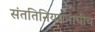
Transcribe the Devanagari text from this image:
संततिनियमनाचीच